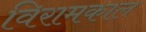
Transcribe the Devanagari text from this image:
विरामकाल